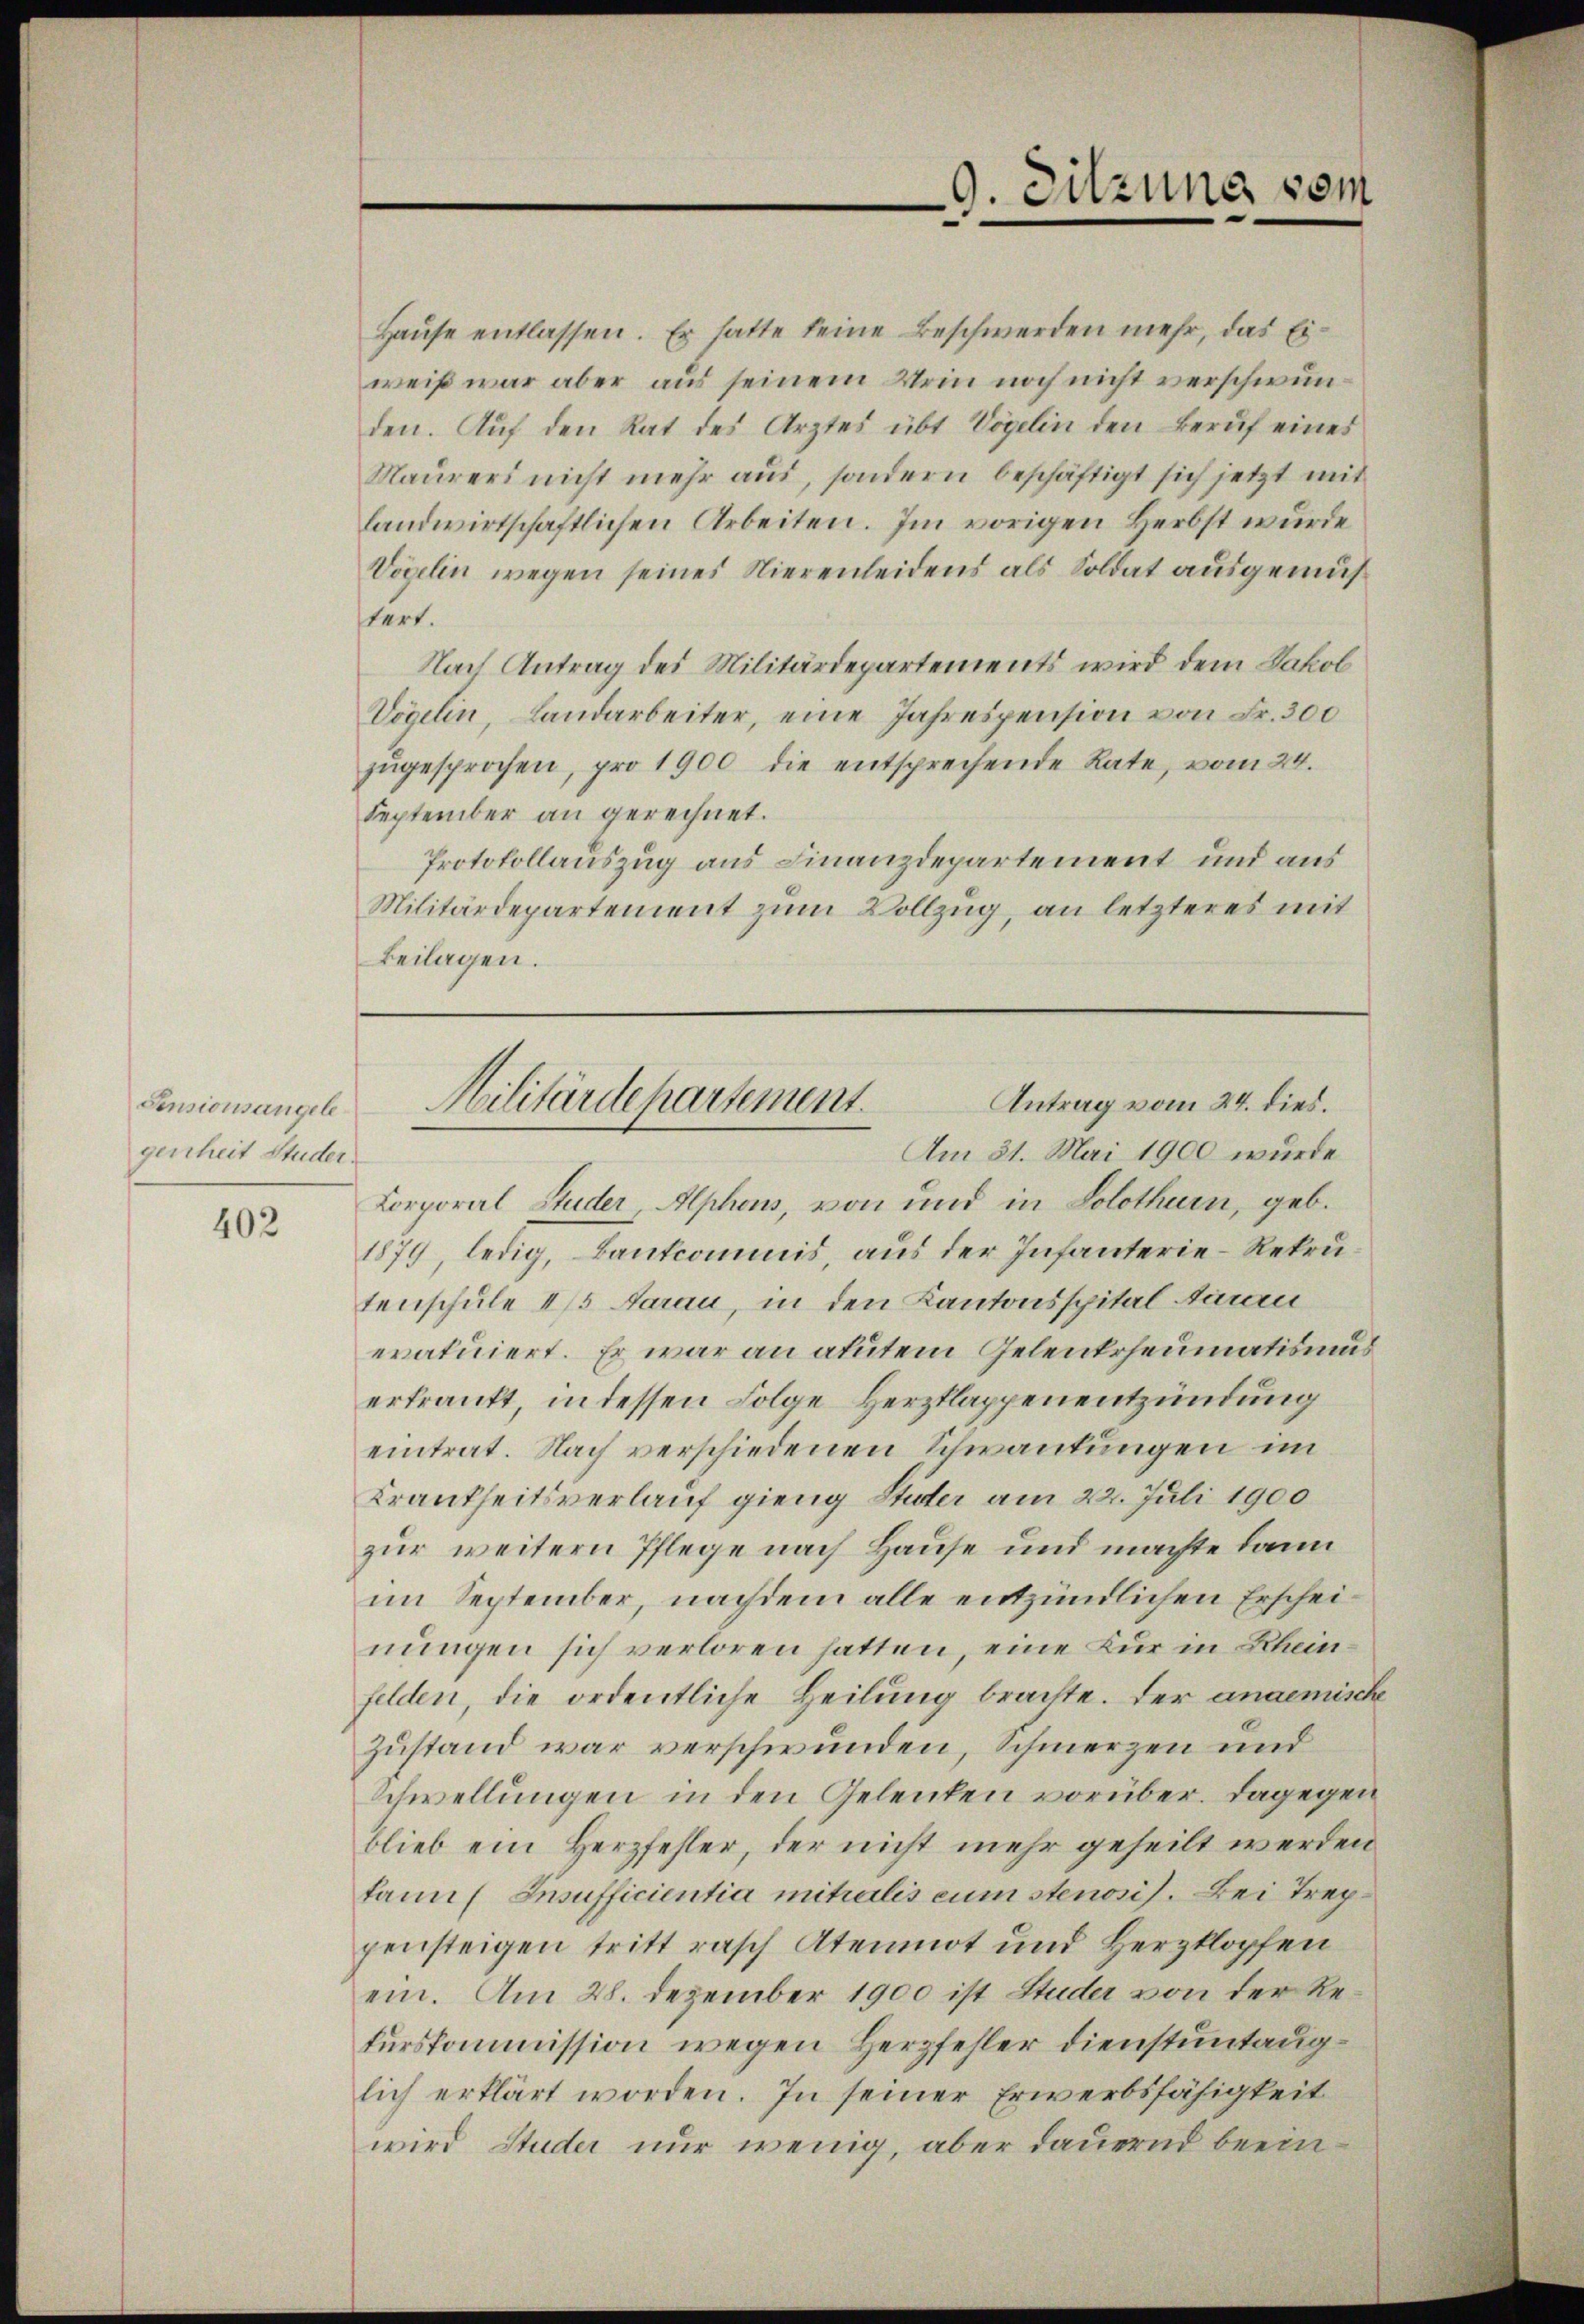
Sensionsangele
genheit Studer.

402

Hause entlassen. Er hatte keine Beschwerden mehr, das Eiweiß war aber aus seinem Urin noch nicht verschwunden. Auf den Rat des Arztes übt Vögelin den Beruf eines
Maurers nicht mehr aus, sondern beschäftigt sich jetzt mit
landwirtschaftlichen Arbeiten. Im vorigen Herbst wurde
Vögelin wegen seines Nierenleidens als Soldat ausgemüstert.
Nach Antrag des Militärdepartements wird dem Jakob
Vögelin, Landarbeiter, eine Jahrespension von Fr. 300
zŭgesprochen, pro 1900 die entsprechende Rate, vom 24.
September an gerechnet.
Protokollauszug aus Finanzdepartement und aus
Militärdepartement zum Vollzug, an letzteres mit
Beilagen.

9. Sitzung vom

Antrag vom 24. dies.
Militärdepartement.
Am 31. Mai 1900 wurde

Corporal Studer Alphons, von und in Solothurn, geb.
1879, ledig, Bantcommis, aus der Infanterie-Rekrutenschule 4/5 darau, in den Kantonsspital in
eratuiert. Er war an akutem Gelenkrheumatismus
erkrankt, in dessen Folge Herzklappenentzündung
eintrat. Nach verschiedenen Schwankungen im
Krankheitsverlauf gieng Stüter am 22. Juli 1900
zur weitern Pflege nach Hause und machte dann
im September, nachdem alle entzündlichen Erscheinungen sich verloren hatten, eine Kur in Rheinfelden, die ordentliche Heilung brachte. Der angemische
Zustand war verschwunden, Schmerzen und
Schwellungen in den Gelenken vorüber. Dagegen
blieb ein Herzfehler, der nicht mehr geheilt werden
kann Insufficientia mittalis cum stensis. Bei Treppensteigen tritt rasch Atemnot und Herzklopfen
ein. Am 28. Dezember 1900 ist Studer von der Rekurskommission wegen Herzfehler dienstuntauglich erklärt worden. In seiner Erwerbsfähigkeit
wird Studer nur wenig, aber dauernd beein¬